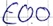
Text: E0.0